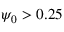
\psi _ { 0 } > 0 . 2 5